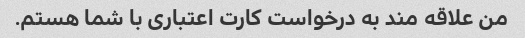
من علاقه مند به درخواست کارت اعتباری با شما هستم.